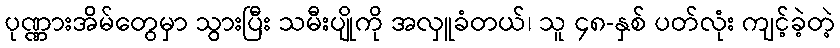
ပုဏ္ဏားအိမ်တွေမှာ သွားပြီး သမီးပျိုကို အလှူခံတယ်၊ သူ ၄၈-နှစ် ပတ်လုံး ကျင့်ခဲ့တဲ့